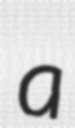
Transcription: a